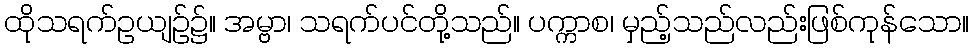
ထိုသရက်ဥယျဉ်၌။ အမ္ဗာ၊ သရက်ပင်တို့သည်။ ပက္ကာစ၊ မှည့်သည်လည်းဖြစ်ကုန်သော။